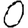
Digit: 0